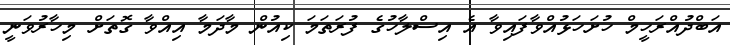
އަބްދުއްރަހީމް ހުށަހަޅުއްވާފައިވާ އެ އިސްލާހުގެ ފުރަތަމަ ކިއުން މާދަމާ އިއްވާ ގޮތަށް މިހާރުވަނީ